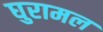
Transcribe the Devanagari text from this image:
घुरामल